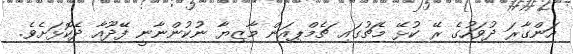
އަންގާރަ ދުވަހުގެ ރޭ ކުޅޭ މެޗުގައި ޗެމްޕިއަން މާޒިޔާ ނުކުންނާނީ ފޭދޫއާ ދެކޮޅަށެވެ.